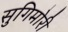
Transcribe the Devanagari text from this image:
सुगिमोरी